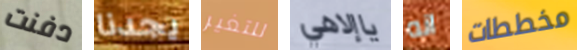
دفنت يجدنا للتغير ياإلاهي انه مخططات